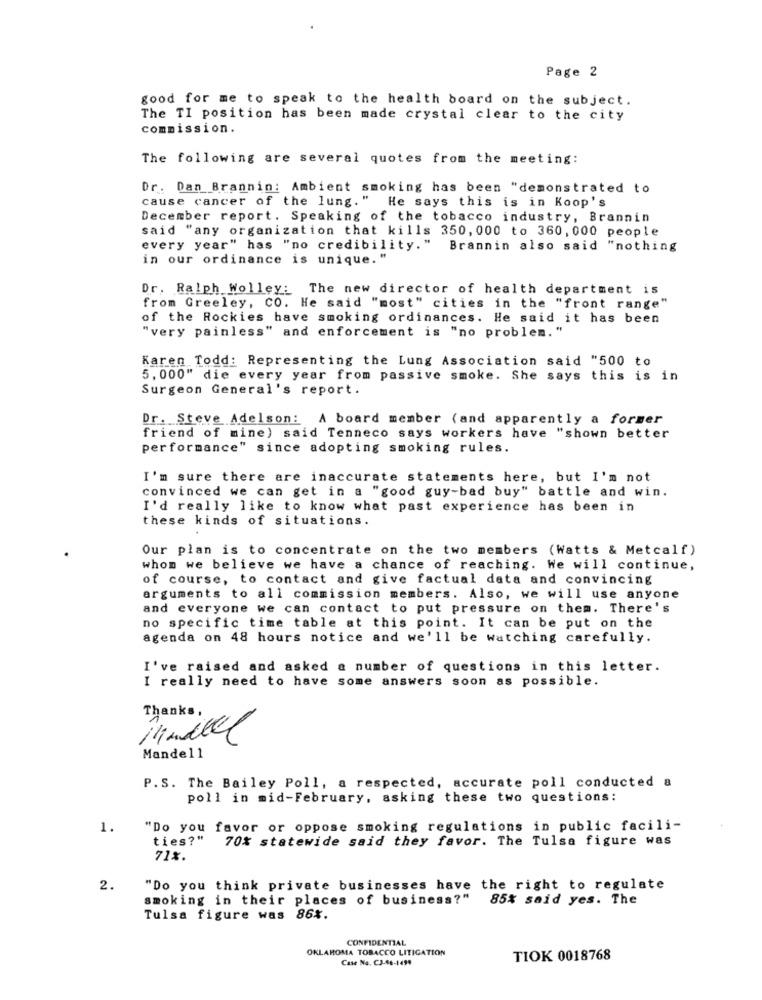
Page 2
good for me to speak to the health board on the subject.
The TI position has been made crystal clear to the city
commission.
The following are several quotes from the meeting:
Dr. Dan Brannin: Ambient smoking has been "demonstrated to
cause cancer of the lung." He says this is in Koop's
December report. Speaking of the tobacco industry, Brannin
said "any organization that kills 350, 000 to 360, 000 people
every year" has "no credibility."
Brannin also said "nothing
in our ordinance is unique. "
Dr. Ralph Wolley: The new director of health department is
from Greeley, CO. He said "most" cities in the "front range"
of the Rockies have smoking ordinances. He said it has been
"very painless" and enforcement is "no problem. "
Karen Todd: Representing the Lung Association said "500 to
5. 000" die every year from passive smoke. She says this is in
Surgeon General's report.
Dr. Steve Adelson: A board member (and apparently a former
friend of mine) said Tenneco says workers have "shown better
performance" since adopting smoking rules.
I'm sure there are inaccurate statements here, but I'm not
convinced we can get in a "good guy-bad buy" battle and win.
I'd really like to know what past experience has been in
these kinds of situations.
Our plan is to concentrate on the two members (Watts & Metcalf)
whom we believe we have a chance of reaching. We will continue,
of course, to contact and give factual data and convincing
arguments to all commission members. Also, we will use anyone
and everyone we can contact to put pressure on them. There's
no specific time table at this point. It can be put on the
agenda on 48 hours notice and we'll be watching carefully.
I've raised and asked a number of questions in this letter.
I really need to have some answers soon as possible.
Thanks.
Minitel
Mandel1
P.S. The Bailey Poll, a respected, accurate poll conducted a
poll in mid-February, asking these two questions:
1.
"Do you favor or oppose smoking regulations in public facili-
ties?"
70% statewide said they favor. The Tulsa figure was
71%.
2.
"Do you think private businesses have the right to regulate
smoking in their places of business?"
85% said yes. The
Tulsa figure was 86%.
CONFIDENTIAL
OKLAHOMA TOBACCO LITIGATION
Case No. C3-46-1499
TIOK 0018768